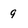
Character: 9